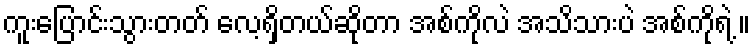
ကူးပြောင်းသွားတတ် လေ့ရှိတယ်ဆိုတာ အစ်ကိုလဲ အသိသားပဲ အစ်ကိုရဲ့ ။